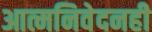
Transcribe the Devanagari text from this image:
आत्मनिवेदनही